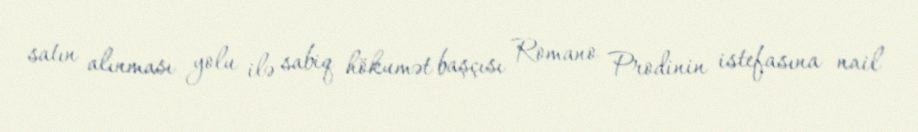
satın alınması yolu ilə sabiq hökumət başçısı Romano Prodinin istefasına nail